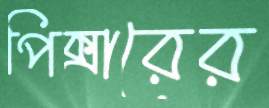
পিক্সারের